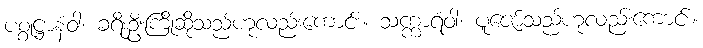
ပစ္စုဋ္ဌာနံဝါ၊ ခရီးဦးကြိုဆိုသည်ဟုလည်းကောင်း။ သက္ကာရံဝါ၊ ပူဇော်သည်ဟုလည်းကောင်း။